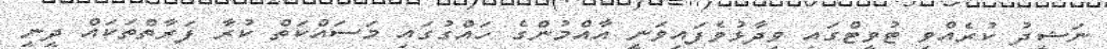
ނަޝީދު ކުރެއްވި ޓުވީޓްގައި ވިދާޅުވެފައިވަނީ އާއްމުންގެ ހައްގުގައި މަސައްކަތް ކުރާ ފަރާތްތަކައް ދީނީ